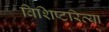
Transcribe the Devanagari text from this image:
विशिष्टरित्या